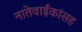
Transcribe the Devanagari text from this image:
नातेवाईंकांंसह